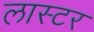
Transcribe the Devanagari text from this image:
लास्टर